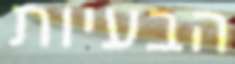
הבעיות